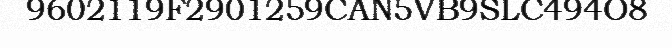
9602119F2901259CAN5VB9SLC494O8